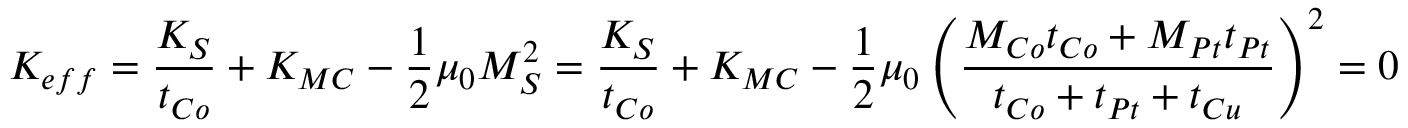
K _ { e f f } = \frac { K _ { S } } { t _ { C o } } + K _ { M C } - \frac { 1 } { 2 } \mu _ { 0 } M _ { S } ^ { 2 } = \frac { K _ { S } } { t _ { C o } } + K _ { M C } - \frac { 1 } { 2 } \mu _ { 0 } \left( \frac { M _ { C o } t _ { C o } + M _ { P t } t _ { P t } } { t _ { C o } + t _ { P t } + t _ { C u } } \right) ^ { 2 } = 0